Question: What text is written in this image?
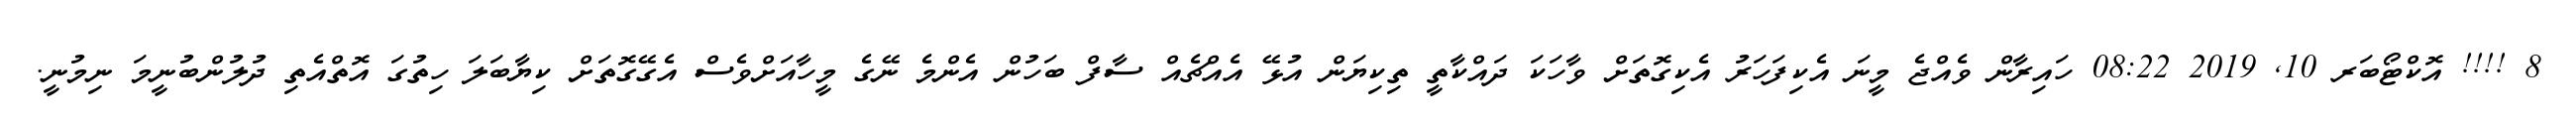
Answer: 8 !!!! އޮކްޓޯބަރ 10, 2019 08:22 ހައިރާން ވެއްޖެ މީނަ އެކިފަހަރު އެކިގޮތަށް ވާހަކަ ދައްކާތީ ތިކިޔަން އުޅޭ އެއްޗެއް ސާފް ބަހުން އެންމެ ނޭގެ މީހާއަށްވެސް އެގޭގޮތަށް ކިޔާބަލަ ހިތުގަ އޮތްއެތި ދުލުންބުނީމަ ނިމުނީ.